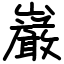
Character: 巌